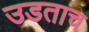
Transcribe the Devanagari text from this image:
उडताच